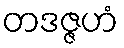
တဒဇ္ဇဟံ